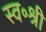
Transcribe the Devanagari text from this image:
स्व॰श्री